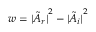
w = { | \Tilde { A } _ { r } | } ^ { 2 } - { | \Tilde { A } _ { i } | } ^ { 2 }